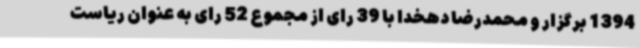
1394 برگزار و محمدرضا دهخدا با 39 رای از مجموع 52 رای به عنوان ریاست